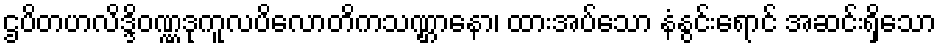
ဌပိတဟလိဒ္ဒိဝဏ္ဏဒုကူလပိလောတိကသဏ္ဌာနော၊ ထားအပ်သော နံနွင်းရောင် အဆင်းရှိသော